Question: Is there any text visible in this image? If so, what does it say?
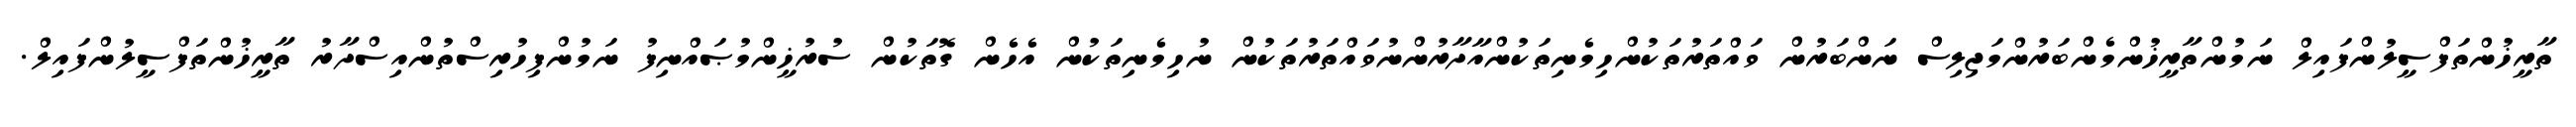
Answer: ތާރީޚުންތަފްސީލުންފައިލް ނަމުންތާރީޚުންމެންބަރުންމަޖިލިސް ނަންބަރުން ވައްތަރުތަކުންހިމެނިތަކުންއާދާރުންނުވައްތަރުތަކުން ނުހިމެނިތަކުން އެހެން ގޮތަކުން ސުރުޚީންމުޞައްނިފު ނަމުންފިހުރިސްތުންއިސްދާރު ތާރީޚުންތަފްސީލުންފައިލް.